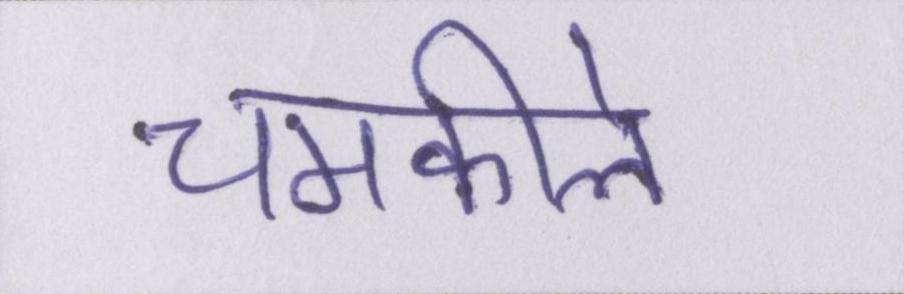
चमकीले